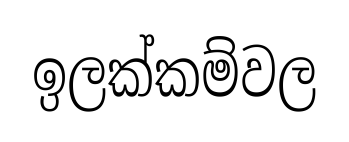
ඉලක්කම්වල